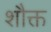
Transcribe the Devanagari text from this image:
शौक्त